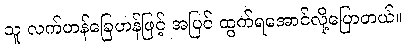
သူ လက်ဟန်ခြေဟန်ဖြင့် အပြင် ထွက်ရအောင်လို့ပြောတယ်။